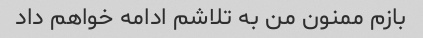
بازم ممنون من به تلاشم ادامه خواهم داد